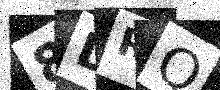
Text: 8DRQ